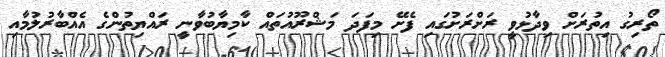
ތޯރިގު އިތުރަށް ވިދާޅުވީ ރަށްރަށުގައި ފެށޭ މިފަދަ މަޝްރޫއުތައް ކާމިޔާބުވާނީ ރައްޔިތުންގެ އެއްބާރުލުމާއި